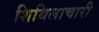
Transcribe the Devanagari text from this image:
शिथिलाचारी